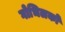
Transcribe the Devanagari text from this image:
गोभिलको